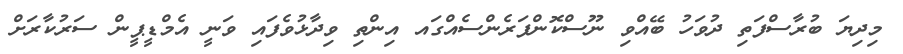
މިދިޔަ ބުރާސްފަތި ދުވަހު ބޭއްވި ނޫސްކޮންފަރެންސެއްގައ އިންތި ވިދާޅުވެފައި ވަނީ އެމްޑީޕީން ސަރުކާރަށް